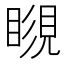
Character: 𥉨